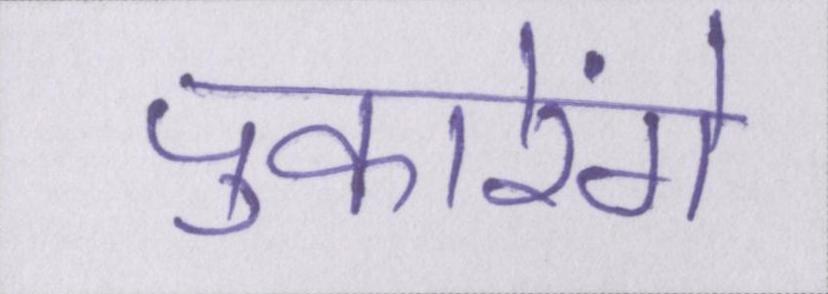
पुकारेंगे